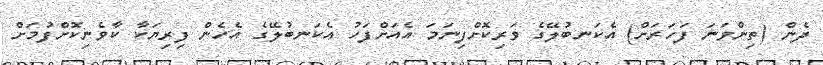
ދެން (ތިންވަނަ ފަހަރަށް) އެކަނބުލޭގެ ވަރިކޮށްފިނަމަ އެއަށްފަހު އެކަނބުލޭގެ އެހެން ފިރިޔަކާ ކާވެނިކޮށްފުމަށް